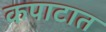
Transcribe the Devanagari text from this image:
कपाटात